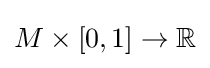
M\times [0,1]\to \mathbb {R}